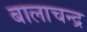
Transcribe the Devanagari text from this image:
बालाचन्द्र